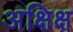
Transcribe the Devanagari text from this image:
अक्षिक्ष